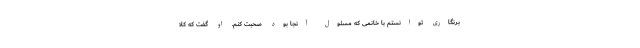
برنگاری توانستم با خانمی که مسئول آنجا بود صحبت کنم. او گفت که کلا